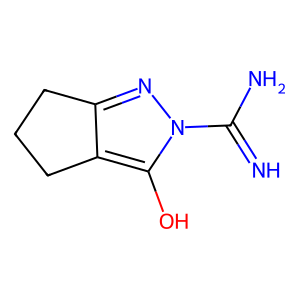
SMILES: N=C(N)n1nc2c(c1O)CCC2
Inhibits HIV replication: No